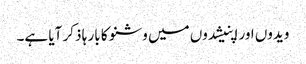
ویدوں اور اپنیشدوں میں وشنو کا بار ہا ذکر آیا ہے۔